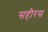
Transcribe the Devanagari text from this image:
सहीरस